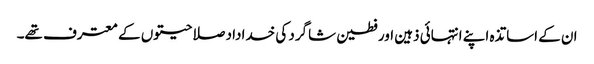
ان کے اساتذہ اپنے انتہائی ذہین اور فطین شاگرد کی خداداد صلاحیتوں کے معترف تھے۔